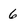
Character: 6